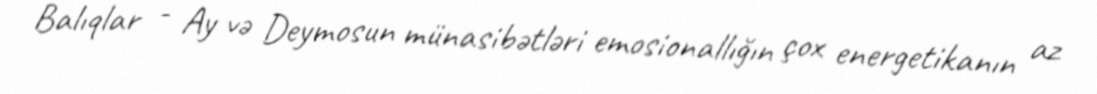
Balıqlar - Ay və Deymosun münasibətləri emosionallığın çox energetikanın az